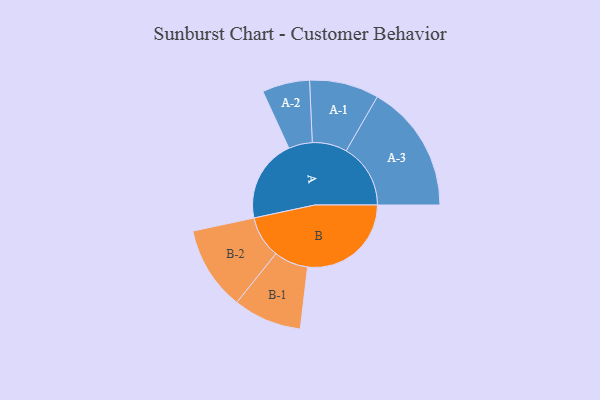
{"axis": {"x": "Segment", "y": "Value"}, "legend": ["", "A", "B"], "data": [{"x": "A", "y": 363, "type": ""}, {"x": "B", "y": 454, "type": ""}, {"x": "A-1", "y": 152, "type": "A"}, {"x": "A-2", "y": 104, "type": "A"}, {"x": "A-3", "y": 282, "type": "A"}, {"x": "B-1", "y": 150, "type": "B"}, {"x": "B-2", "y": 184, "type": "B"}]}